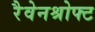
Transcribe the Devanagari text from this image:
रैवेनश्रोफ्ट